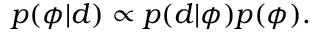
p ( \phi | d ) \propto p ( d | \phi ) p ( \phi ) .